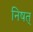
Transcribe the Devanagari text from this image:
निषत्